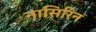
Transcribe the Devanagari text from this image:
नासिरिन